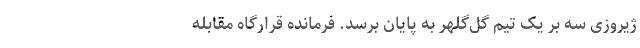
ژیروزی سه بر یک تیم گل‌گلهر به پایان برسد. فرمانده قرارگاه مقابله